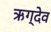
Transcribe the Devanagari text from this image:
ऋग्देव